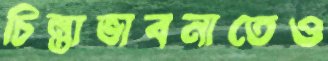
চিন্তাভাবনাতেও